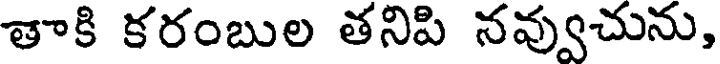
తాకి కరంబుల తనిపి నవ్వుచును,